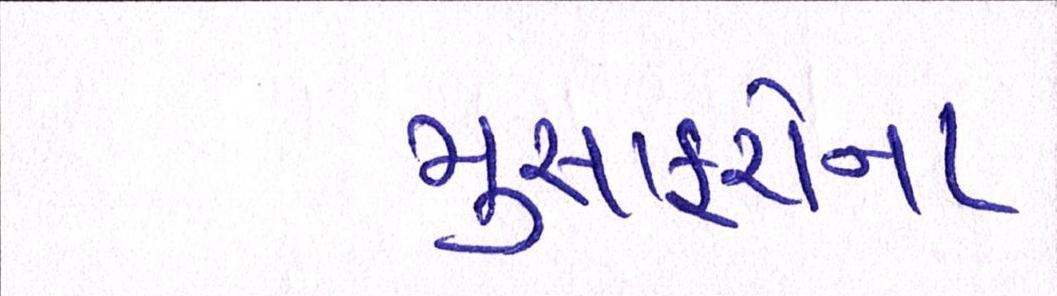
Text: મુસાફરોના